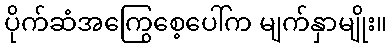
ပိုက်ဆံအကြွေစေ့ပေါ်က မျက်နှာမျိုး။